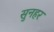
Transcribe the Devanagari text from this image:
सुनहर